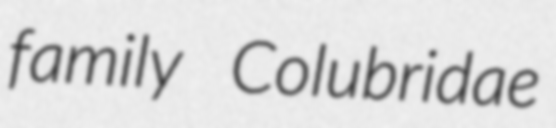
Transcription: family Colubridae